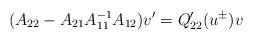
LaTeX: \begin{align*}(A_{22}-A_{21}A_{11}^{-1}A_{12})v'=Q'_{22}(u^\pm)v\end{align*}